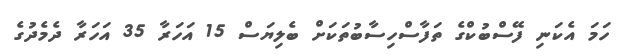
ހަމަ އެކަނި ފޭސްބުކްގެ ތަފާސްހިސާބުތަކަށް ބެލިޔަސް 15 އަހަރާ 35 އަހަރާ ދެމެދުގެ